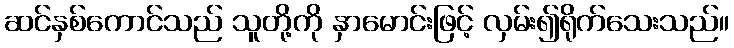
ဆင်နှစ်ကောင်သည် သူတို့ကို နှာမောင်းဖြင့် လှမ်း၍ရိုက်သေးသည်။